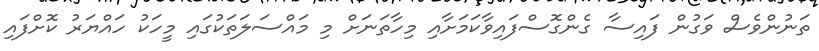
ތަނުންވެސް ވަގުން ފައިސާ ގެންގޮސްފައިވާކަމަށާއި މިހާތަނަށް މި މައްސަލަތަކުގައި މީހަކު ހައްޔަރު ކޮށްފައި